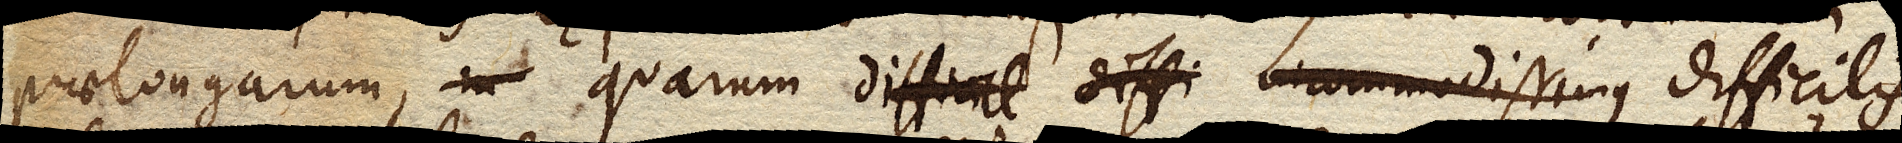
praelongarum, quarum incommodissimus difficilis